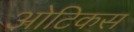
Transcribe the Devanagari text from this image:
ओटिकस